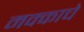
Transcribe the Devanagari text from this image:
मक्काचे